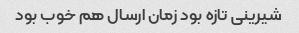
شیرینی تازه بود زمان ارسال هم خوب بود